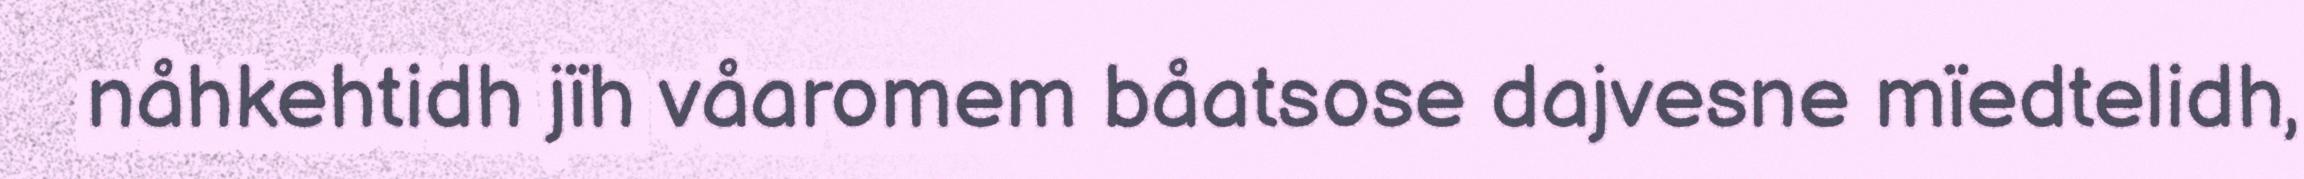
nåhkehtidh jïh våaromem båatsose dajvesne mïedtelidh,